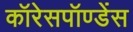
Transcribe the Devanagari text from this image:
कॉरेसपॉण्डेंस